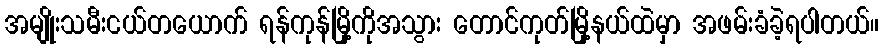
အမျိုးသမီးငယ်တယောက် ရန်ကုန်မြို့ကိုအသွား တောင်ကုတ်မြို့နယ်ထဲမှာ အဖမ်းခံခဲ့ရပါတယ်။